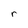
Character: r